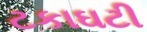
ટકાઘટી